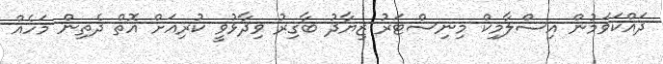
ދައްކަވަމުން އިސްލާމިކް މިނިސްޓަރު ޒިޔާދު ބާގިރު ވިދާޅުވީ ކުރިއަށް އޮތް ދެތިން މަހެއް